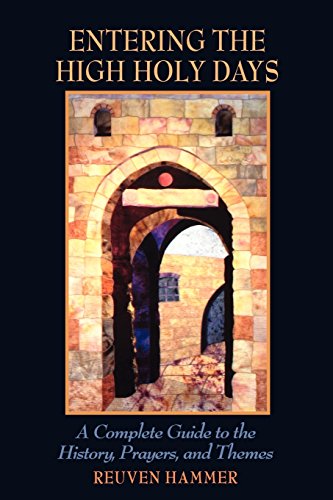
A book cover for Entering the High Holy Days: A Complete Guide to the History, Prayers, and Themes; Rabbi Reuven Hammer; Religion & Spirituality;